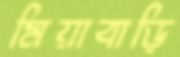
মিয়াবাড়ি